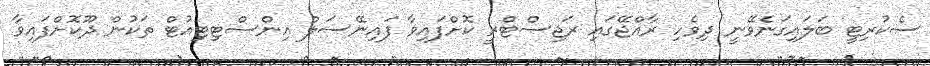
ސެކުރިޓީ ބަލައިގަނެވޭނީ ދިވެހި ރާއްޖޭގައި ރަޖިސްޓްރީ ކޮށްފައިވާ ފައިނޭސަލް އިންސްޓިޓިއުޓް ތަކުން ދޫކޮށްފައިވާ